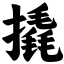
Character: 撬